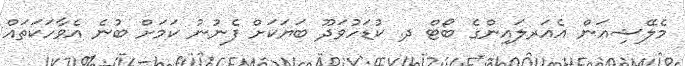
މެލޭޝިއަން އެއަރލައިންގެ ބޯޓް ދ. ކުޑަހުވަދޫ ބަޔަކަށް ފެނުނު ކަމަށް ބުނެ އެވާހަކަތައް